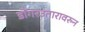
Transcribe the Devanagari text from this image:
डोंगरउतारावरुन